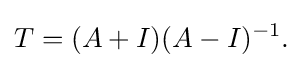
\displaystyle {T=(A+I)(A-I)^{-1}.}